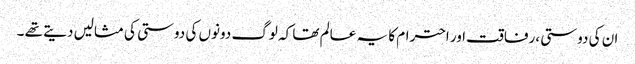
ان کی دوستی ،رفاقت اور احترام کا یہ عالم تھا کہ لوگ دونوں کی دوستی کی مثالیں دیتے تھے ۔